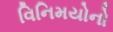
વિનિમયોનો